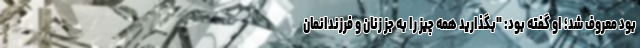
بود معروف شد؛ او گفته بود: "بگذارید همه چیز را به جز زنان و فرزندانمان